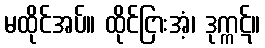
မထိုင်အပ်။ ထိုင်ငြားအံ့၊ ဒုက္ကဋ်။